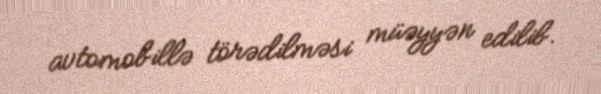
avtomobillə törədilməsi müəyyən edilib.